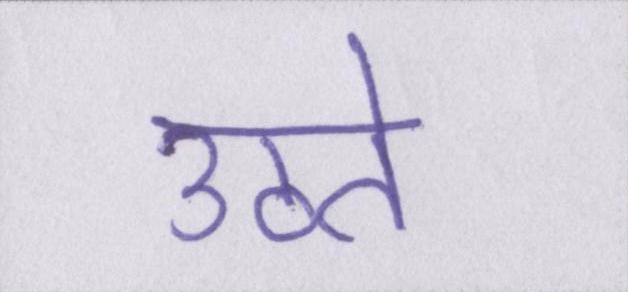
उठते